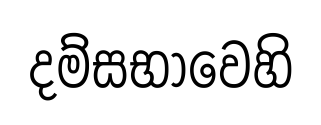
දම්සභාවෙහි